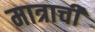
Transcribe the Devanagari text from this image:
मात्राची